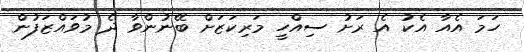
ހަމަ އެއާ އެކު އެ ރަށު ސިއްހީ މަރިކަޒަށް ބޭނުންވާ ދެ މުވައްޒަފުން